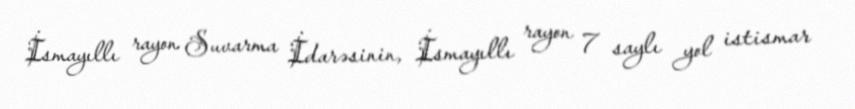
İsmayıllı rayon Suvarma İdarəsinin, İsmayıllı rayon 7 saylı yol istismar